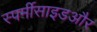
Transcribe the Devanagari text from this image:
स्पर्मीसाइडऔर